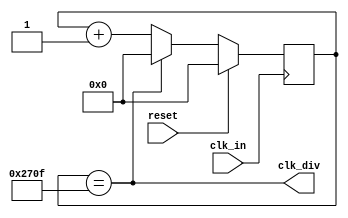
`timescale 1ns / 1ps

module clk_div
#(parameter count_div=10000)
(
    input reset,
    input clk_in,
    output clk_div
    );
    reg[20:0] count_next,count_reg;
    always@(posedge clk_in)
        if(reset==1'b1)
            count_reg<=0;
        else
            count_reg<=count_next;
    always@(*) begin
        count_next=count_reg;
        if(count_reg==count_div-1)
            count_next=0;
        else
            count_next=count_reg+1;
        end
    assign clk_div=(count_reg==count_div-1);
endmodule